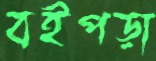
বইপড়া